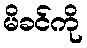
မိခင်ကို